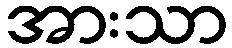
အားသာ